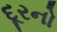
દૂરનો